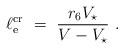
LaTeX: \begin{align*}\ell_{\rm e}^{\rm cr} \ = \ \frac{r_6 V_\star}{V - V_\star}\ .\end{align*}